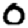
Digit: 0